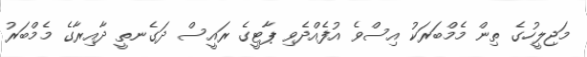
މަޖިލީހުގެ ތިން މެމްބަރަކު އިސްވެ އުފެއްދެވި ޕާޓީގެ ރައީސް ދަގެނތީ ދާއިރާގެ މެމްބަރު